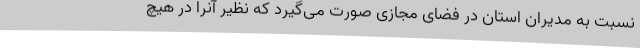
نسبت به مدیران استان در فضای مجازی صورت می‌گیرد که نظیر آنرا در هیچ